Vaccination in Bombay 1856-1862 - 1856-1862
Year: 1856
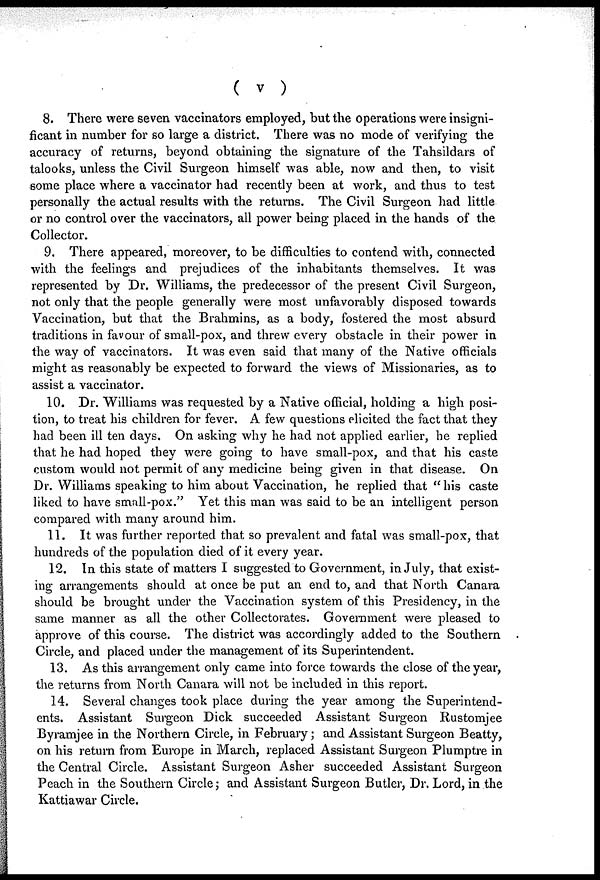
( v )
8. There were seven vaccinators employed, but the operations were insigni-
ficant in number for so large a district. There was no mode of verifying the
accuracy of returns, beyond obtaining the signature of the Tahsildars of
talooks, unless the Civil Surgeon himself was able, now and then, to visit
some place where a vaccinator had recently been at work, and thus to test
personally the actual results with the returns. The Civil Surgeon had little
or no control over the vaccinators, all power being placed in the hands of the
Collector.
9. There appeared, moreover, to be difficulties to contend with, connected
with the feelings and prejudices of the inhabitants themselves. It was
represented by Dr. Williams, the predecessor of the present Civil Surgeon,
not only that the people generally were most unfavorably disposed towards
Vaccination, but that the Brahmins, as a body, fostered the most absurd
traditions in favour of small-pox, and threw every obstacle in their power in
the way of vaccinators. It was even said that many of the Native officials
might as reasonably be expected to forward the views of Missionaries, as to
assist a vaccinator.
10. Dr. Williams was requested by a Native official, holding a high posi-
tion, to treat his children for fever. A few questions elicited the fact that they
had been ill ten days. On asking why he had not applied earlier, he replied
that he had hoped they were going to have small-pox, and that his caste
custom would not permit of any medicine being given in that disease. On
Dr. Williams speaking to him about Vaccination, he replied that "his caste
liked to have small-pox." Yet this man was said to be an intelligent person
compared with many around him.
11. It was further reported that so prevalent and fatal was small-pox, that
hundreds of the population died of it every year.
12. In this state of matters I suggested to Government, in July, that exist-
ing arrangements should at once be put an end to, and that North Canara
should be brought under the Vaccination system of this Presidency, in the
same manner as all the other Collectorates. Government were pleased to
approve of this course. The district was accordingly added to the Southern
Circle, and placed under the management of its Superintendent.
13. As this arrangement only came into force towards the close of the year,
the returns from North Canara will not be included in this report.
14. Several changes took place during the year among the Superintend-
ents. Assistant Surgeon Dick succeeded Assistant Surgeon Rustomjee
Byramjee in the Northern Circle, in February; and Assistant Surgeon Beatty,
on his return from Europe in March, replaced Assistant Surgeon Plumptre in
the Central Circle. Assistant Surgeon Asher succeeded Assistant Surgeon
Peach in the Southern Circle; and Assistant Surgeon Butler, Dr. Lord, in the
Kattiawar Circle.